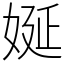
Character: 娫